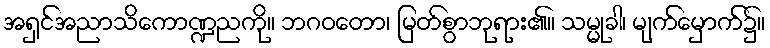
အရှင်အညာသိကောဏ္ဍညကို။ ဘဂဝတော၊ မြတ်စွာဘုရား၏။ သမ္မုခါ၊ မျက်မှောက်၌။